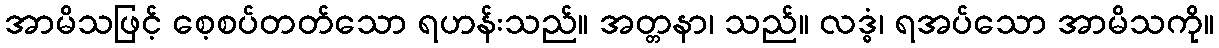
အာမိသဖြင့် စေ့စပ်တတ်သော ရဟန်းသည်။ အတ္တနာ၊ သည်။ လဒ္ဓံ၊ ရအပ်သော အာမိသကို။